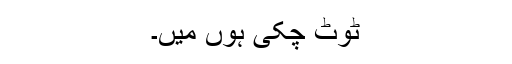
ٹوٹ چکی ہوں میں۔